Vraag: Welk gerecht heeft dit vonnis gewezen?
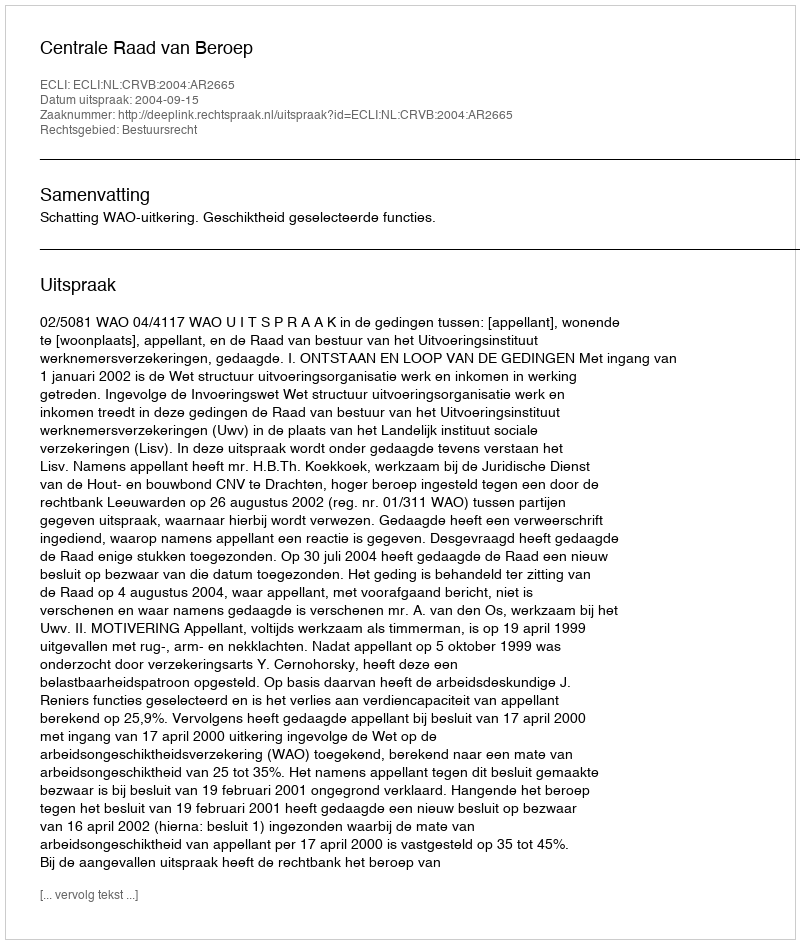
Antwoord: Centrale Raad van Beroep